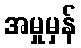
အမှုမှန်